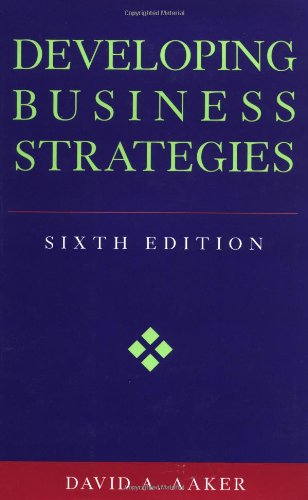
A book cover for Developing Business Strategies; David A. Aaker; Business & Money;